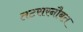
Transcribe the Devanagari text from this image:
तटसरनौबत